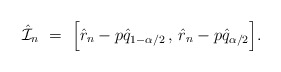
\begin{align*} \hat{\mathcal{I}}_n \ = \ \Big[ \hat{r}_n-p \hat q_{1-\alpha/2}\, , \, \hat{r}_n-p \hat q_{\alpha/2} \Big]. \end{align*}